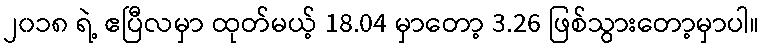
၂၀၁၈ ရဲ့ ဧပြီလမှာ ထုတ်မယ့် 18.04 မှာတော့ 3.26 ဖြစ်သွားတော့မှာပါ။